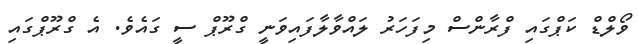
ވޯލްޑް ކަޕްގައި ފްރާންސް މިފަހަރު ލައްވާލާފައިވަނީ ގްރޫޕް ސީ ގައެވެ. އެ ގްރޫޕްގައި